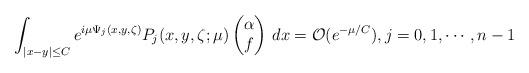
LaTeX: \begin{align*}\int_{|x-y|\leq C} e^{i\mu \Psi_j(x,y,\zeta)} P_j(x,y,\zeta;\mu)\begin{pmatrix}\alpha \\ f\end{pmatrix}\,dx=\mathcal O (e^{-\mu/C}),j=0,1,\cdots,n-1\end{align*}